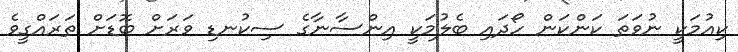
ކިއުމަކީ ނުވަތަ ކަންކަން ހޯދައި ބެލުމަކީ އިންސާނާގެ ސިކުނޑި ވަރަށް ބޮޑަށް ތަރައްގީވެ